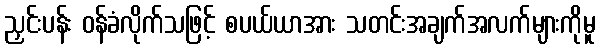
ညှင်းပန်း ဝန်ခံလိုက်သဖြင့် စပယ်ယာအား သတင်းအချက်အလက်များကိုမူ